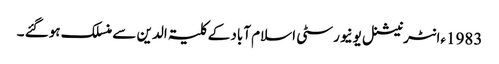
1983ءانٹرنیشنل یونیورسٹی اسلام آباد کے کلیۃ الدین سے منسلک ہوگئے ۔